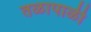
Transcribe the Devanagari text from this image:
तळापाळी